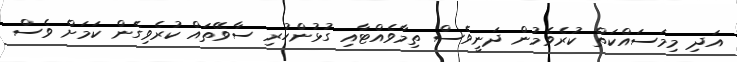
އަދި މިމަސައްކަތް ކުރެވެމުން ދަނީވެސް ތިމާވެއްޓާއި ގުޅުންހުރި ސާވޭތައް ކުރެވިގެން ކަަމަށް ވެސް